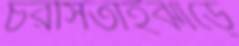
চরসিতাইঝাড়ে